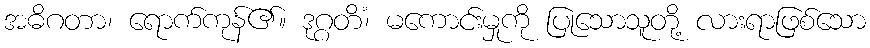
အဓိဂတာ၊ ရောက်ကုန်၏။ ဒုဂ္ဂတိံ၊ မကောင်းမှုကို ပြုသောသူတို့ လားရာဖြစ်သော